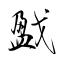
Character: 戤